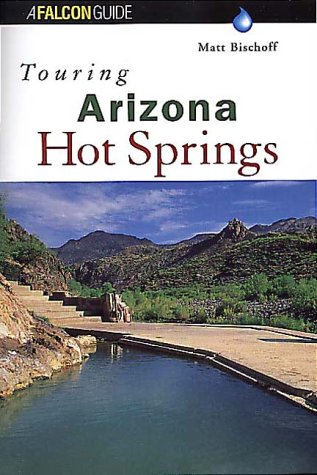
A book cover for Touring Arizona Hot Springs (Touring Guides); Matt C. Bischoff; Travel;